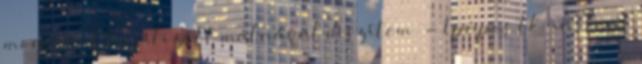
mousse-t liofilizált málnával díszítem. - 1 púpos tk. instant